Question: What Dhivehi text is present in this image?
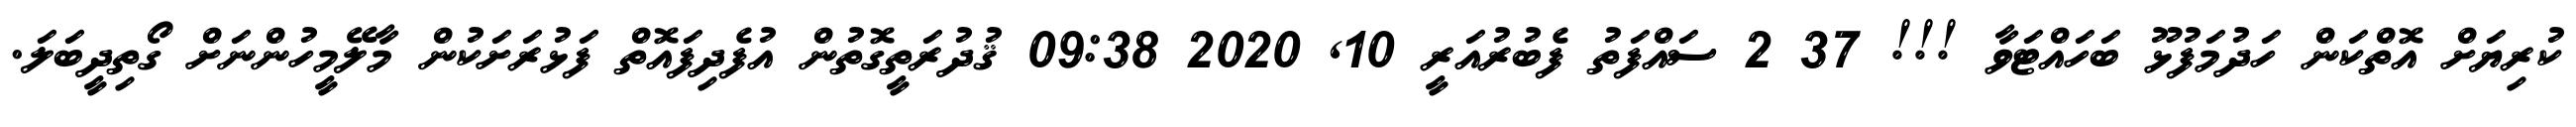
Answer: ކުރިޔަށް އޮތްކަން ހަދުމަފުޅޫ ބަހައްޓަވާ !!! 37 2 ސައްފަތު ފެބުރުއަރީ 10, 2020 09:38 ޤުދުރަތީގޮތުން އުފެދިފައޮތް ފަޅުރަށަކުން މާލޭމީހުންނަށް ގޯތިދީބަލަ.